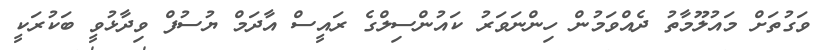
ވަގުތަށް މައުލޫމާތު ދެއްވަމުން ހިންނަވަރު ކައުންސިލްގެ ރައީސް އާދަމް ޔުސުފް ވިދާޅުވީ ބަކުރަކީ